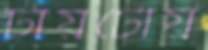
টায়টৌয়